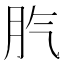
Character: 䏗